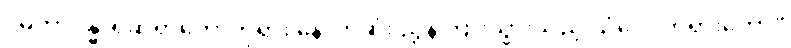
“မဟာဂန္ဓာရုံဆရာတော်ဘုရား နောက်ဆုံး ညွှန်ကြားသွားသည့် သံဝေဂတရားတော်”